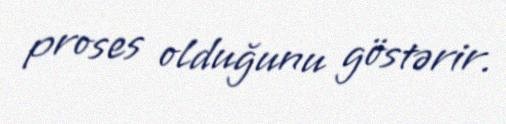
proses olduğunu göstərir.